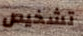
تشخيص